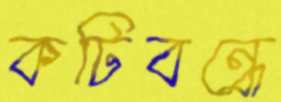
কটিবন্ধে